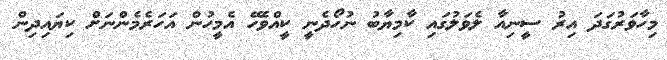
މިހާވަރުގަދަ އިރު ސީނިއާ ލެވަލުގައި ކާމިޔާބު ނުހޯދެނީ ކީއްވެހޭ އެމީހުން އަހަރެމެންނަށް ކިޔައިދިން